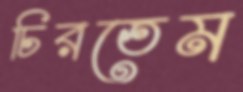
চিরতেম